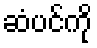
ဆံပင်ကို